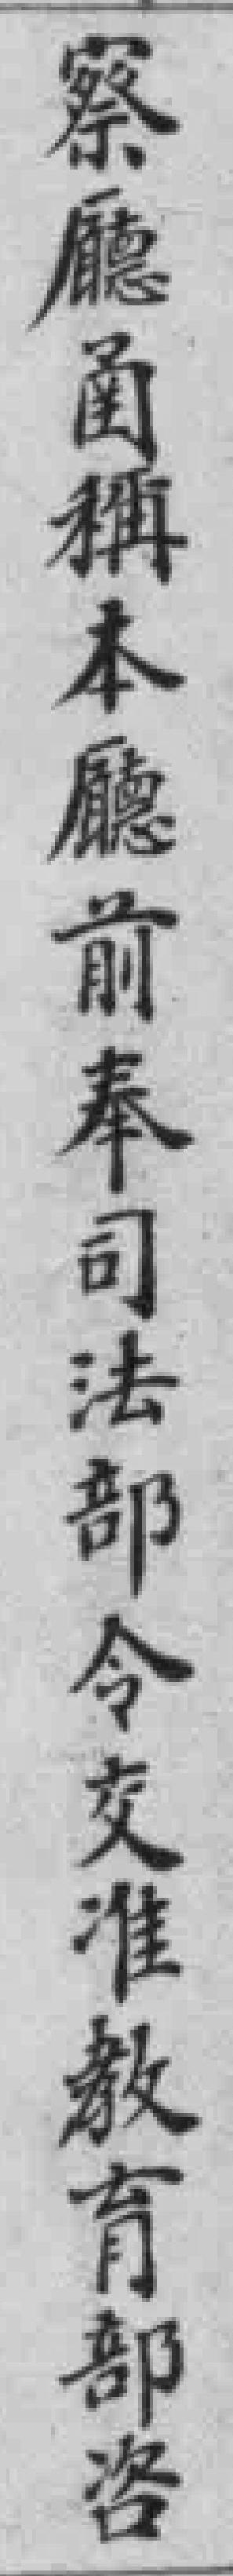
察廳圅稱本廳前奉司法部令交准教育部咨